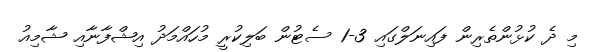
މި ދެ ކުޅުންތެރިން ފައިނަލްގައި 3-1 ސެޓުން ބަލިކުރީ މުހައްމަދު އިޝްފާނާއި ޝާމިއު